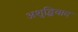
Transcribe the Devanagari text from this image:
अशुद्धिवाद